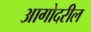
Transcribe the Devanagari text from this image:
आगोदरील